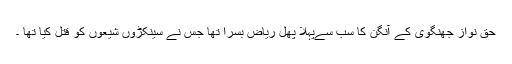
حق نواز جھنگوی کے آنگن کا سب سےپہلا پھل ریاض بسرا تھا جس نے سینکڑوں شیعوں کو قتل کیا تھا ۔